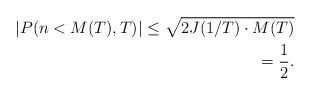
LaTeX: \begin{align*}|P(n < M(T),T)|\leq\sqrt{2J(1/T) \cdot M(T)} \\=\frac{1}{2}.\end{align*}